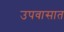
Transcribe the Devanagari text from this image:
उपवासात